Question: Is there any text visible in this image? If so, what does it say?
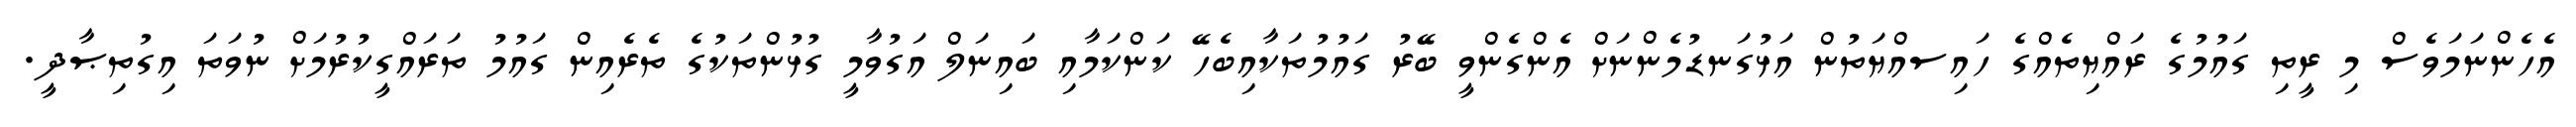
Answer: އެހެންނަމަވެސް މި ރީތި ގައުމުގެ ރައްޔިތެއްގެ ހައިސއްޔަތުން އަޅުގަނޑުމެންނަށް އެންގެންވީ ބޭރު ގައުމުތަކާއިބެހޭ ކަންކަމާއި ބައިނަލް އަގުވާމީ ގުޅުންތަކުގެ ތެރެއިން ގައުމު ތަރައްގީކުރުމަށް ނުވަތަ އިގުތިޞާދީ.